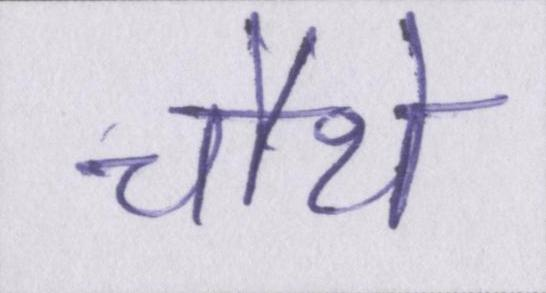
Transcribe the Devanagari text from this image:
चौथे